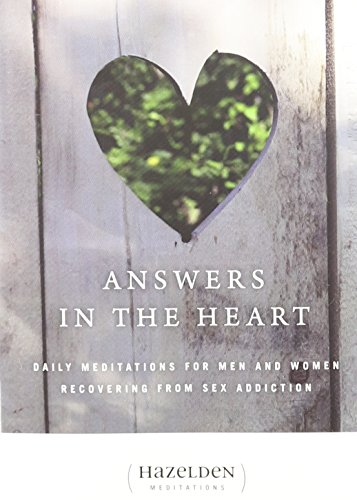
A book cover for Answers in the Heart: Daily Meditations For Men And Women Recovering From Sex Addiction (Hazelden Meditation Series); Anonymous; Health, Fitness & Dieting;